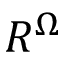
R ^ { \Omega }